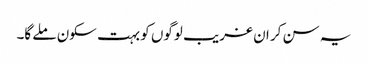
یہ سن کر ان غریب لوگوں کو بہت سکون ملے گا۔